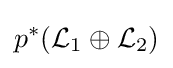
p^{*}({\mathcal {L}}_{1}\oplus {\mathcal {L}}_{2})